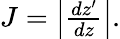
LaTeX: \begin{array}{r}{J=\left|\frac{dz^{\prime}}{dz}\right|.}\end{array}